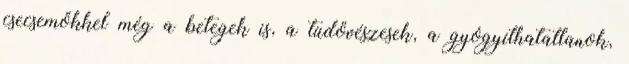
csecsemőkkel még a betegek is, a tüdővészesek, a gyógyíthatatlanok,